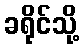
ခရိုင်သို့